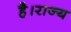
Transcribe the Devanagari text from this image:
है।राज्य